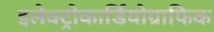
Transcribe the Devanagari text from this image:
इलेक्ट्रोकार्डियोग्राफिक